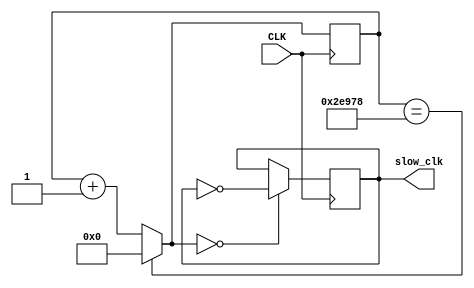
module clk_do(
    input CLK,
    output reg slow_clk
    );
    reg [20:0] count=21'b0;
    initial begin
        slow_clk=0; 
    end
    always @(posedge CLK) begin
        count=(count==190840)?0:count+1;
        slow_clk<=(count==0)?~slow_clk:slow_clk;
    end
endmodule